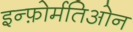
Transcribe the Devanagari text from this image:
इन्फ़ोर्मतिओन